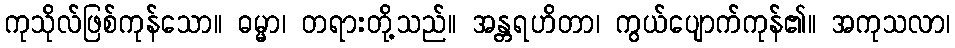
ကုသိုလ်ဖြစ်ကုန်သော။ ဓမ္မာ၊ တရားတို့သည်။ အန္တရဟိတာ၊ ကွယ်ပျောက်ကုန်၏။ အကုသလာ၊